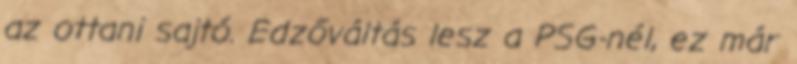
az ottani sajtó. Edzőváltás lesz a PSG-nél, ez már